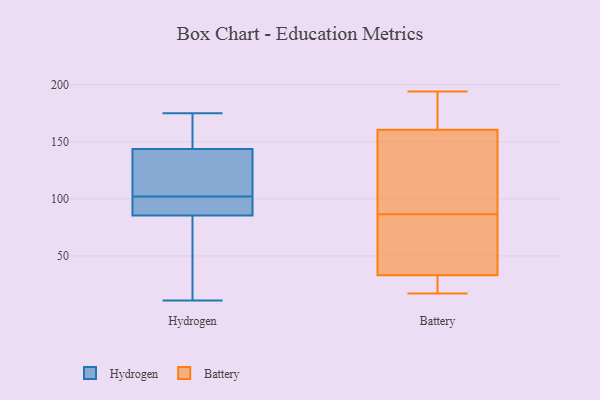
{"axis": {"x": "Net Income (USD K)", "y": "Value"}, "legend": ["Battery", "Hydrogen"], "data": [{"x": "", "y": 112, "type": "Hydrogen"}, {"x": "", "y": 128, "type": "Hydrogen"}, {"x": "", "y": 149, "type": "Hydrogen"}, {"x": "", "y": 85, "type": "Hydrogen"}, {"x": "", "y": 47, "type": "Hydrogen"}, {"x": "", "y": 11, "type": "Hydrogen"}, {"x": "", "y": 97, "type": "Hydrogen"}, {"x": "", "y": 175, "type": "Hydrogen"}, {"x": "", "y": 169, "type": "Hydrogen"}, {"x": "", "y": 102, "type": "Hydrogen"}, {"x": "", "y": 87, "type": "Hydrogen"}, {"x": "", "y": 83, "type": "Battery"}, {"x": "", "y": 170, "type": "Battery"}, {"x": "", "y": 17, "type": "Battery"}, {"x": "", "y": 115, "type": "Battery"}, {"x": "", "y": 51, "type": "Battery"}, {"x": "", "y": 194, "type": "Battery"}, {"x": "", "y": 21, "type": "Battery"}, {"x": "", "y": 90, "type": "Battery"}, {"x": "", "y": 36, "type": "Battery"}, {"x": "", "y": 130, "type": "Battery"}, {"x": "", "y": 120, "type": "Battery"}, {"x": "", "y": 164, "type": "Battery"}, {"x": "", "y": 30, "type": "Battery"}, {"x": "", "y": 20, "type": "Battery"}, {"x": "", "y": 37, "type": "Battery"}, {"x": "", "y": 179, "type": "Battery"}, {"x": "", "y": 157, "type": "Battery"}, {"x": "", "y": 194, "type": "Battery"}, {"x": "", "y": 27, "type": "Battery"}, {"x": "", "y": 37, "type": "Battery"}]}